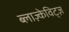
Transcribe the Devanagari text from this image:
ब्लाज़्केविट्ज़